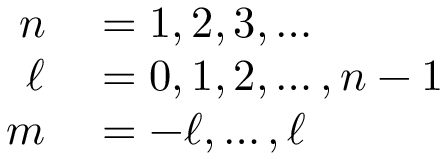
\begin{array} { r l } { n } & { { } = 1 , 2 , 3 , \dots } \\ { \ell } & { { } = 0 , 1 , 2 , \dots , n - 1 } \\ { m } & { { } = - \ell , \dots , \ell } \end{array}